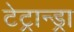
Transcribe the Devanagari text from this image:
टेट्रान्ड्रा